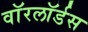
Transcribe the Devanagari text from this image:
वाॅरलाॅर्डस